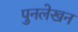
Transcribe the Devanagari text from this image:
पुनलेखन